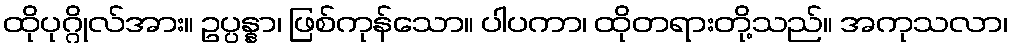
ထိုပုဂ္ဂိုလ်အား။ ဥပ္ပန္နာ၊ ဖြစ်ကုန်သော။ ပါပကာ၊ ထိုတရားတို့သည်။ အကုသလာ၊